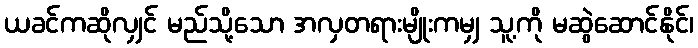
ယခင်ကဆိုလျှင် မည်သို့သော အလှတရားမျိုးကမျှ သူ့ကို မဆွဲဆောင်နိုင်၊